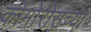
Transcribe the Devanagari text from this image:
कोमोरोसच्या